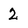
Character: 2